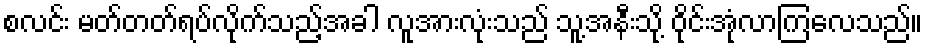
စလင်း မတ်တတ်ရပ်လိုက်သည့်အခါ လူအားလုံးသည် သူ့အနီးသို့ ဝိုင်းအုံလာကြလေသည်။